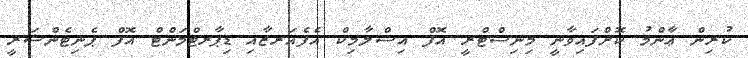
ކުރިން ޢާންމު ކޮށްފައިވާނީ މިނިސްޓްރީ އޮފް އިސްލާމިކް އެފެއަރޒާއި ޑިޕާރޓްމަންޓް އޮފް ޕެނިޓެންޝަރީ